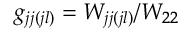
g _ { j j ( j l ) } = W _ { j j ( j l ) } / W _ { 2 2 }